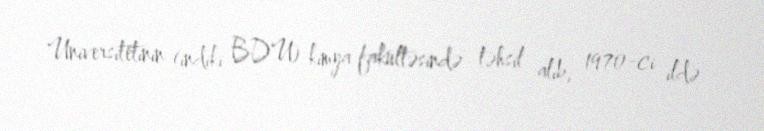
Universitetinin (indiki BDU) kimya fakültəsində təhsil alıb, 1970-ci ildə